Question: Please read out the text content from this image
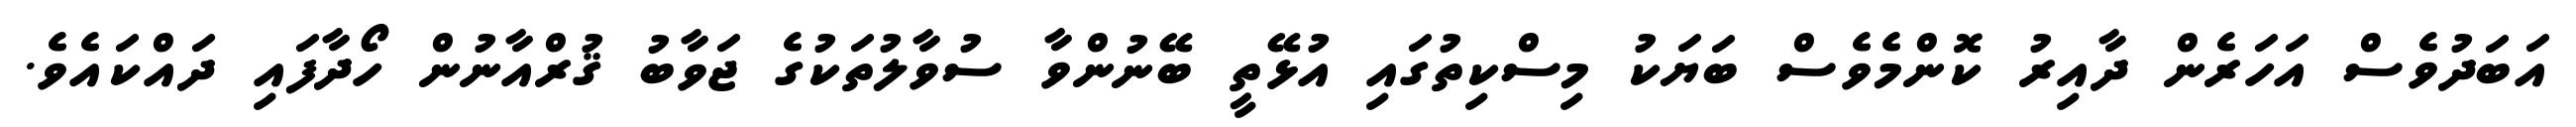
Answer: އަބަދުވެސް އަހަރެން ދާއިރު ކޮންމެވެސް ބަޔަކު މިސްކިތުގައި އުޅޭތީ ބޭނުންވާ ސުވާލުތަކުގެ ޖަވާބު ޤުރްއާނުން ހޯދާފައި ދައްކައެވެ.